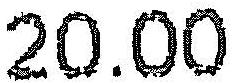
20.00